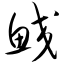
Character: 鲛